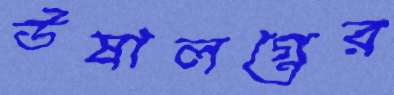
উষালগ্নের